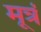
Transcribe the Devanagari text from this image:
मूत्रं